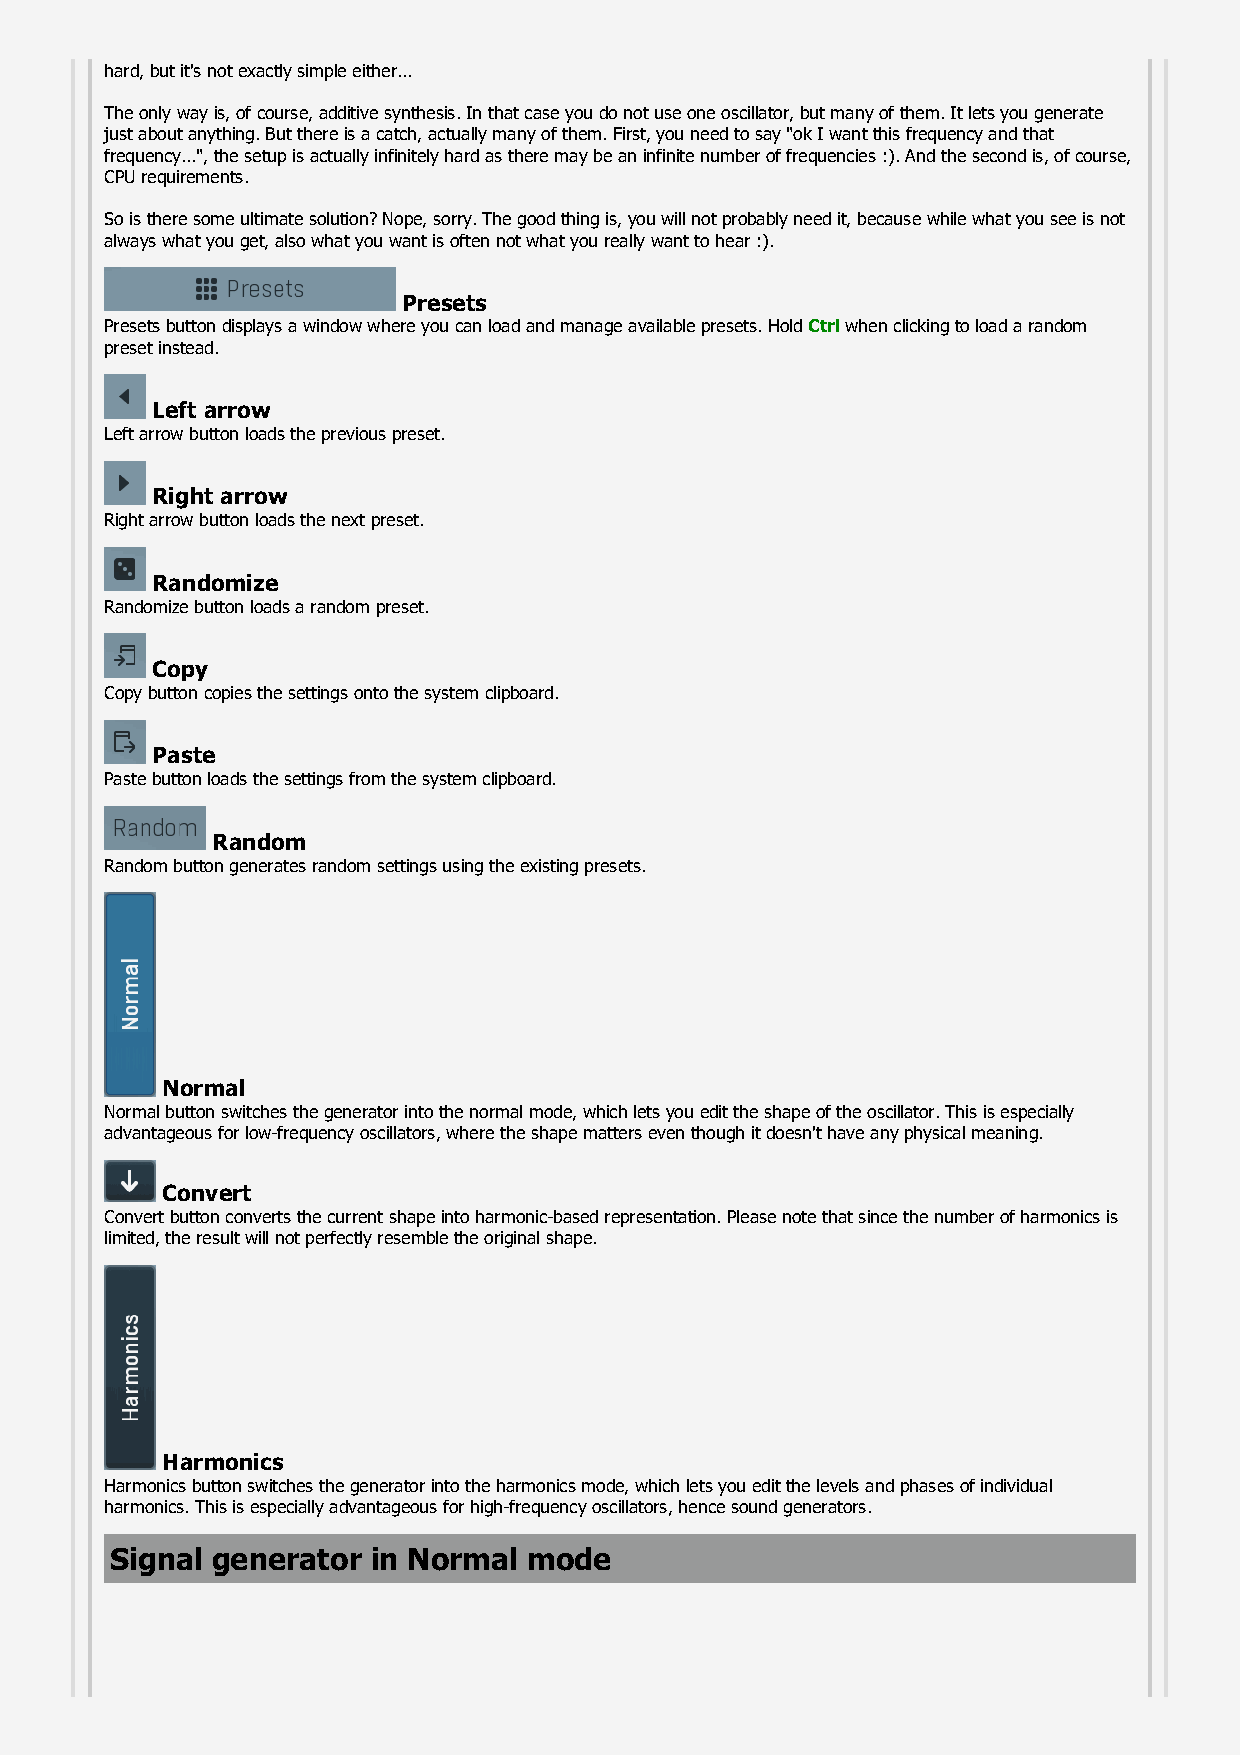
hard, but it's not exactly simple either...
 The only way is, of course, additive synthesis. In that case you do not use one oscillator, but many of them. It lets you generate
 just about anything. But there is a catch, actually many of them. First, you need to say "ok I want this frequency and that
 frequency...", the setup is actually infinitely hard as there may be an infinite number of frequencies :). And the second is, of course,
 CPU requirements.
 So is there some ultimate solution? Nope, sorry. The good thing is, you will not probably need it, because while what you see is not
 always what you get, also what you want is often not what you really want to hear :).
 Presets
 Presets button displays a window where you can load and manage available presets. Hold Ctrl when clicking to load a random
 preset instead.
 Left arrow
 Left arrow button loads the previous preset.
 Right arrow
 Right arrow button loads the next preset.
 Randomize
 Randomize button loads a random preset.
 Copy
 Copy button copies the settings onto the system clipboard.
 Paste
 Paste button loads the settings from the system clipboard.
 Random
 Random button generates random settings using the existing presets.
 Normal
 Normal button switches the generator into the normal mode, which lets you edit the shape of the oscillator. This is especially
 advantageous for low-frequency oscillators, where the shape matters even though it doesn't have any physical meaning.
 Convert
 Convert button converts the current shape into harmonic-based representation. Please note that since the number of harmonics is
 limited, the result will not perfectly resemble the original shape.
 Harmonics
 Harmonics button switches the generator into the harmonics mode, which lets you edit the levels and phases of individual
 harmonics. This is especially advantageous for high-frequency oscillators, hence sound generators.
 Signal generator  in Normal mode